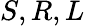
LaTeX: S,R,L